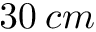
3 0 \: c m